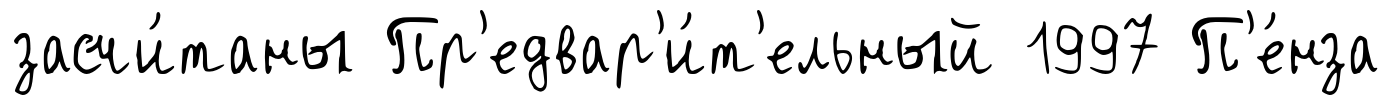
засчи́таны Пр'едвар'и́т'ельный 1997 П'е́нза